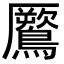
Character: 鷢